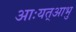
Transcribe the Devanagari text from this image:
आःयत्आभु